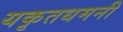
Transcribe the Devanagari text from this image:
यकृतधमनी